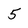
Character: 5